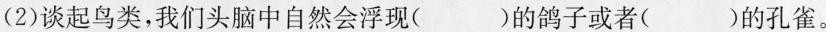
(2）谈起鸟类，我们头脑中自然会浮现( )的鸽子或者( )的孔雀。